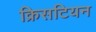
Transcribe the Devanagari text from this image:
क्रिसटियन